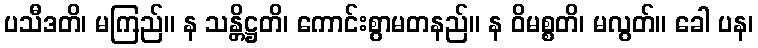
ပသီဒတိ၊ မကြည်။ န သန္တိဋ္ဌတိ၊ ကောင်းစွာမတနည်။ န ဝိမစ္စတိ၊ မလွတ်။ ခေါ ပန၊